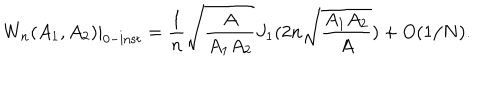
W _ { n } ( A _ { 1 } , A _ { 2 } ) | _ { 0 - \mathrm { i n s t } } = \frac { 1 } { n } \sqrt { \frac { A } { A _ { 1 } A _ { 2 } } } J _ { 1 } ( 2 n \sqrt { \frac { A _ { 1 } A _ { 2 } } { A } } ) + O ( 1 / N ) .